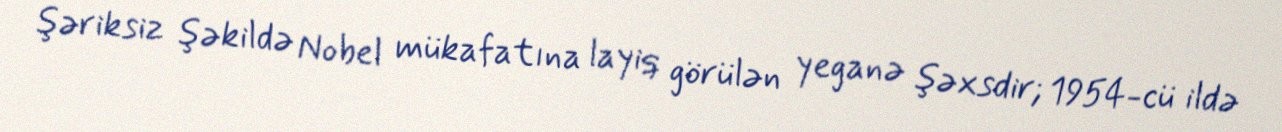
şəriksiz şəkildə Nobel mükafatına layiq görülən yeganə şəxsdir; 1954-cü ildə